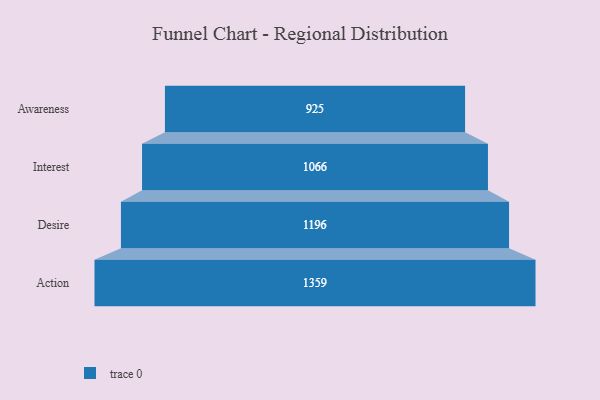
{"axis": {"x": "Stage", "y": "Value"}, "legend": [""], "data": [{"x": "Awareness", "y": 925.0, "type": ""}, {"x": "Interest", "y": 1066.0, "type": ""}, {"x": "Desire", "y": 1196.0, "type": ""}, {"x": "Action", "y": 1359.0, "type": ""}]}